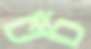
চট